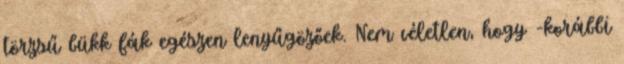
törzsű bükk fák egészen lenyűgözőek. Nem véletlen, hogy -korábbi